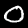
Digit: 0